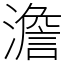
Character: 澹